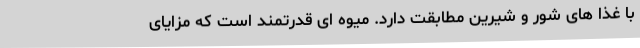
با غذا های شور و شیرین مطابقت دارد. میوه ای قدرتمند است که مزایای